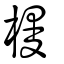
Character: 槾